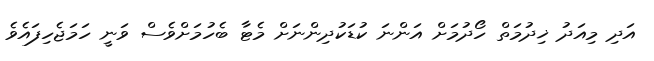
އަދި މިއަދު ޚިދުމަތް ހޯދުމަށް އަންނަ ކުޑަކުދިންނަށް މެޓާ ބެހުމަށްވެސް ވަނީ ހަމަޖެހިފައެވެ